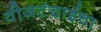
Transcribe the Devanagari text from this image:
वीजटंचाईचा